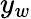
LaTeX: y_{w}